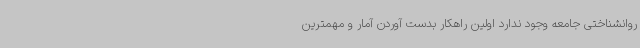
روانشناختی جامعه وجود ندارد اولین راهکار بدست آوردن آمار و مهمترین